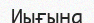
Иығына